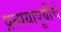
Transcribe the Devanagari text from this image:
प्रत्ययापूर्वीचे